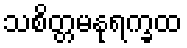
သစိတ္တမနုရက္ခထ